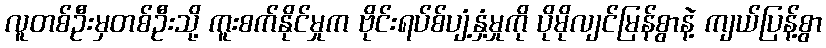
လူတစ်ဦးမှတစ်ဦးသို့ ကူးစက်နိုင်မှုက ဗိုင်းရပ်စ်ပျံ့နှံ့မှုကို ပိုမိုလျင်မြန်စွာနဲ့ ကျယ်ပြန့်စွာ